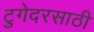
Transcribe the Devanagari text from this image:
टुगेदरसाठी